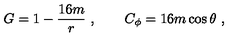
G = 1 - { \frac { 1 6 m } { r } } \ , \qquad C _ { \phi } = 1 6 m \cos \theta \ ,